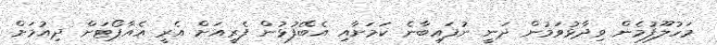
މަހުލޫފުމެން ވިދާޅުވަމުން ދަނީ ނުފައިބާނެ ކަމަށާއި އެބޭފުޅުން ފެރީއަށް އެރީ އެއާޕޯޓަށް ދިއުމަށް